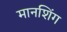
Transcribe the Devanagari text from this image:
मानशिंग